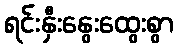
ရင်းနှီးနွေးထွေးစွာ